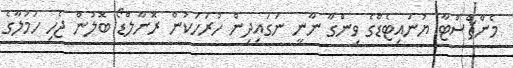
މެންޗެސްޓާ ޔުނައިޓެޑްގެ ވިންގާ ނާނީ ނަގައިދިން ހުރަހަކުން ރޮނާލްޑޯ ބޮލުން ޖެހި ހަމަލާގެ